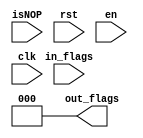
module flag_register(isNOP, rst,in_flags,en,clk,out_flags);
///////////////////////////////////
//*this module is used to reset flags in//
// the appropriate edge* and change their values//
//////////////////////////////////
input [4:0] isNOP;
input [2:0] in_flags; // input flags next phase
input rst,clk,en;//reset and clock
output reg [2:0] out_flags;

always@(negedge clk) begin // next phase
	if(en&&!rst&&isNOP!==5'b01010)
		out_flags=in_flags;
	//no else we need a latch 
end

always@(rst)begin //need to check it from TA
	out_flags= 3'b000;
end



endmodule